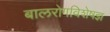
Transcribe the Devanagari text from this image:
बालरोगविशेषज्ञ